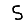
Digit: 5